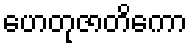
ဟေတုဇာတိကော